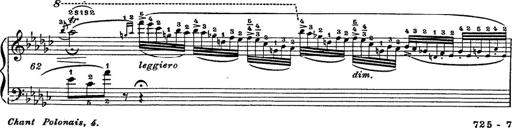
Title: 6 Polish Songs
Composer: Franz Liszt